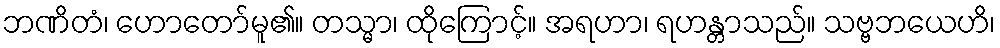
ဘဏိတံ၊ ဟောတော်မူ၏။ တသ္မာ၊ ထိုကြောင့်။ အရဟာ၊ ရဟန္တာသည်။ သဗ္ဗဘယေဟိ၊